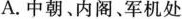
A.中朝、内阁、军机处